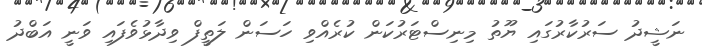
ނަޝީދު ސަރުކާރުގައި ޔޫތު މިނިސްޓަރުކަން ކުރެއްވި ހަސަން ލަތީފް ވިދާޅުވެފައި ވަނީ އަބްދު